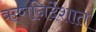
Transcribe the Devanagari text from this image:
ऋणनिर्देशात